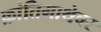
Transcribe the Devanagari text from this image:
क्रांतिगाथेवर